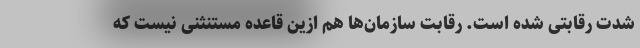
شدت رقابتی شده است. رقابت سازمان‌ها هم ازین قاعده مستنثنی نیست که